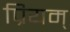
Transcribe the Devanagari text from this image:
प्रियम्‌